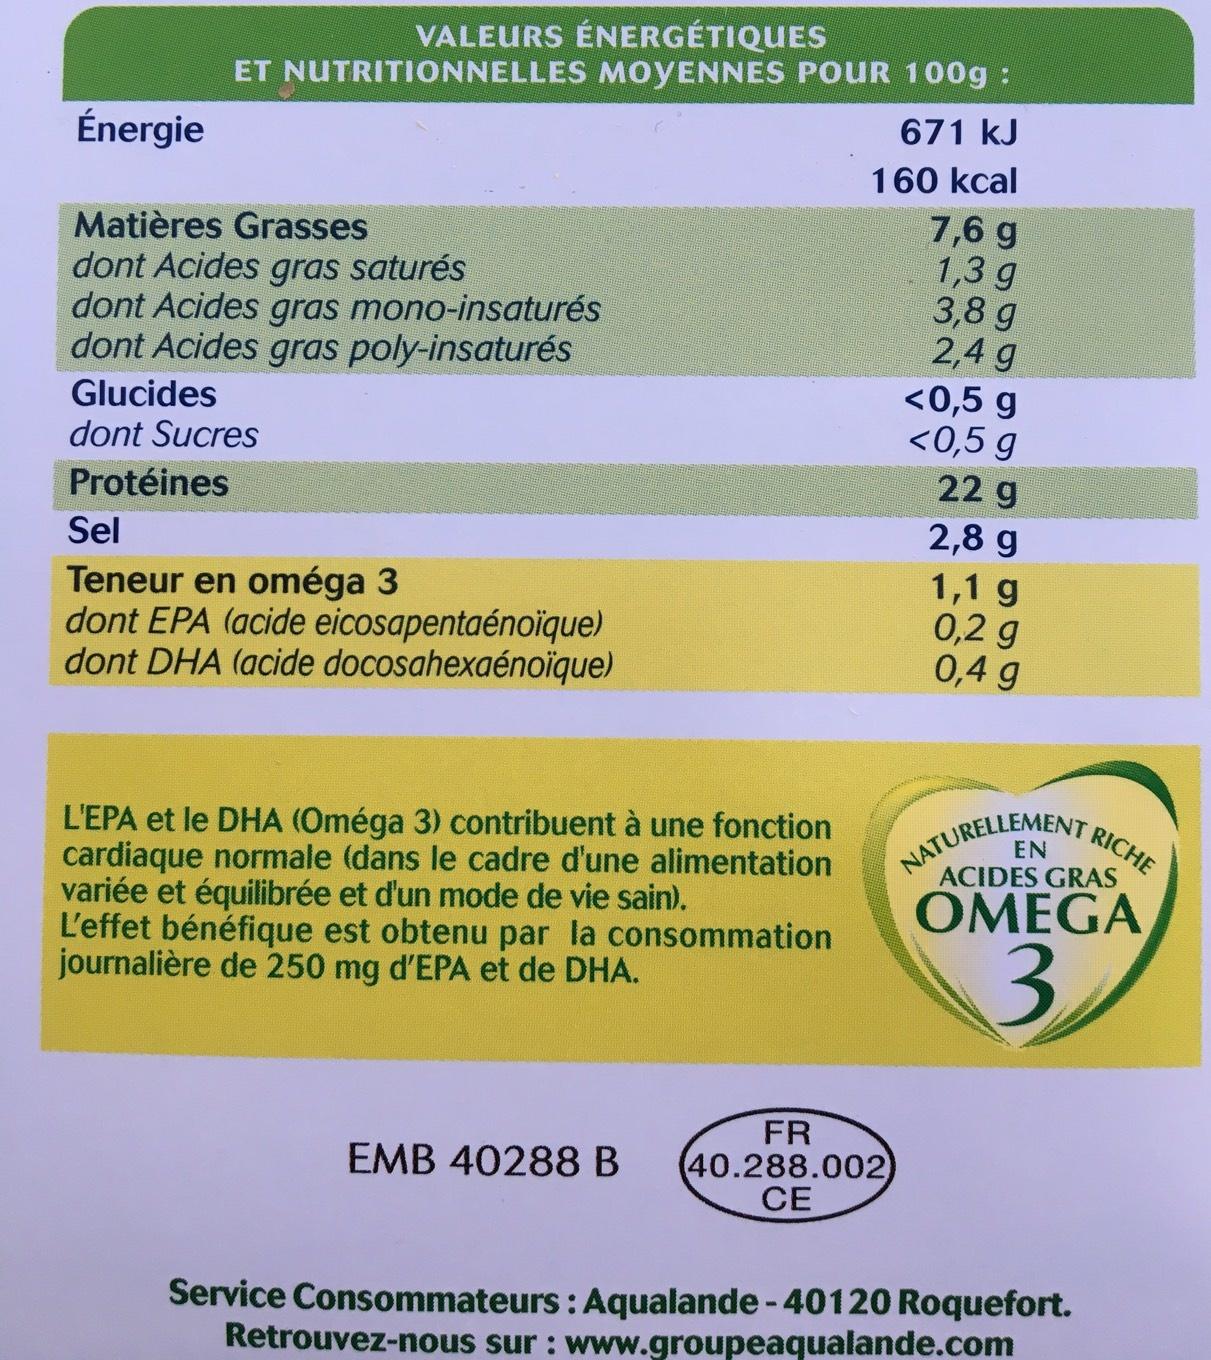
Énergie
VALEURS ÉNERGÉTIQUES
ET NUTRITIONNELLES MOYENNES POUR 100g :
Matières Grasses
dont Acides gras saturés
dont Acides gras mono-insaturés dont Acides gras poly-insaturés Glucides
dont Sucres
Protéines
Sel
Teneur en oméga 3
dont EPA (acide eicosapentaénoïque) dont DHA (acide docosahexaénoïque)
L'EPA et le DHA (Oméga 3) contribuent à une fonction cardiaque normale (dans le cadre d'une alimentation variée et équilibrée et d'un mode de vie sain).
L'effet bénéfique est obtenu par la consommation journalière de 250 mg d'EPA et de DHA.
EMB 40288 B
671 kJ
160 kcal
FR (40.288.002 CE
7,6 g
1,3 g
3,8 g
2,4 g
<0,5 g
<0,5 g
22 g
2,8 g
1,1 g
0,2 g
0,4 g
NATURELLEMENT OMEGA
ACIDES GRAS
3
Service Consommateurs: Aqualande - 40120 Roquefort. Retrouvez-nous sur : www.groupeaqualande.com
RICHE